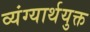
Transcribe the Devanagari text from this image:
व्यंग्यार्थयुक्त